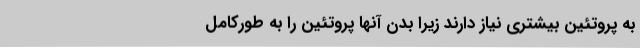
به پروتئین بیشتری نیاز دارند زیرا بدن آنها پروتئین را به طورکامل